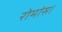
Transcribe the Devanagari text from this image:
रोमांस।